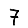
Digit: 7